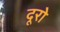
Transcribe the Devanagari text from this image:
दूरो